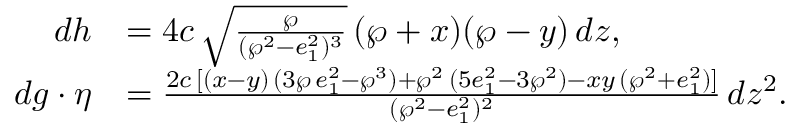
\begin{array} { r l } { d h } & { = 4 c \, \sqrt { \frac { \wp } { ( \wp ^ { 2 } - e _ { 1 } ^ { 2 } ) ^ { 3 } } } \, ( \wp + x ) ( \wp - y ) \, d z , } \\ { d g \cdot \eta } & { = \frac { 2 c \, [ ( x - y ) \, ( 3 \wp \, e _ { 1 } ^ { 2 } - \wp ^ { 3 } ) + \wp ^ { 2 } \, ( 5 e _ { 1 } ^ { 2 } - 3 \wp ^ { 2 } ) - x y \, ( \wp ^ { 2 } + e _ { 1 } ^ { 2 } ) ] } { ( \wp ^ { 2 } - e _ { 1 } ^ { 2 } ) ^ { 2 } } \, d z ^ { 2 } . } \end{array}